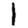
Digit: 1